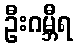
ဦးဂမ္ဘီရ